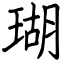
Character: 瑚